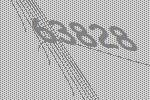
63828